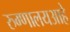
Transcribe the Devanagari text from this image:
रुग्णालयआहे